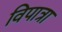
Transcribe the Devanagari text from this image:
विपात्रा